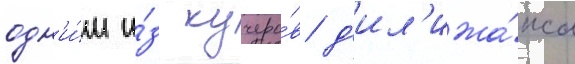
одн'и́м и́з кучеро́в д'ил'ижа́нса